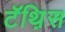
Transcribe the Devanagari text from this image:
टॅथ़िस